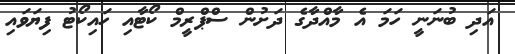
އަދި ބުނަނީ ހަމަ އެ މާއްދާގެ ދަށުން ސްޕްރީމް ކޯޓާއި ހައިކޯޓު ފިޔަވައި